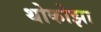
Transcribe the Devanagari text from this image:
थोकोझा